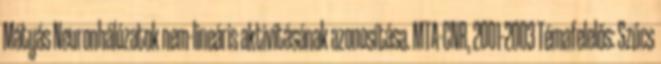
Mátyás Neuronhálózatok nem-lineáris aktivitásának azonosítása. MTA-CNR, 2001-2003 Témafelelős: Szűcs